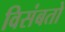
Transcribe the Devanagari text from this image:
विसंबतो